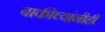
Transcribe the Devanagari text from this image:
बाकीच्यांनीही